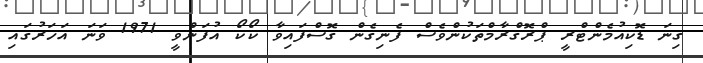
ގިނަ ޑޮކިއުމެންޓްރީ ޕްރޮގްރާމްތަކުންވެސް ފެނިގެން ގޮސްފައިވާ ކޯކޯ އުފަންވީ 1971 ވަނަ އަހަރުގައި